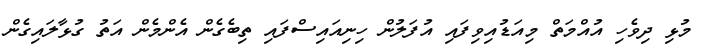
މުޅި ދިވެހި އުއްމަތް މިއަޑުއިވިފައި އުފަލުން ހިނިއައިސްފައި ތިބެގެން އެންމެން އަތު ގުޅާލައިގެން